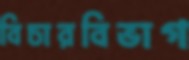
বিচারবিভাগ